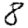
Digit: 8